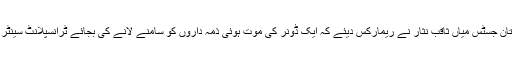
چیف جسٹس پاکستان جسٹس میاں ثاقب نثار نے ریمارکس دیئے کہ ایک ڈونر کی موت ہوئی ذمہ داروں کو سامنے لانے کی بجائے ٹرانسپلانٹ سینٹر کیسے بند کر دیا۔